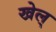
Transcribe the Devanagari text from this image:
खेल्